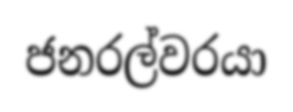
ජනරල්වරයා